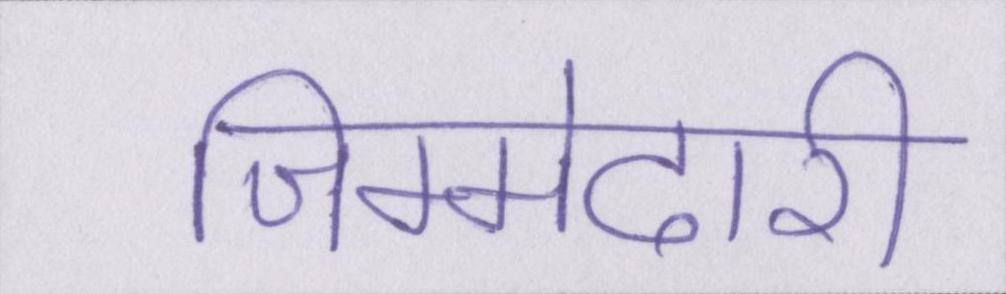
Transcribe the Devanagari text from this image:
जिम्मेदारी